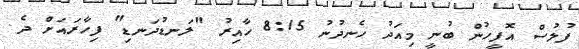
ފުލުސް އޮފީހުން ބުނީ މިއަދު ހެނދުނު 8:15 ހާއިރު "ލަނޑުދަނޑި" ފިހާރައަށް ދެ